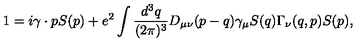
1 = i \gamma \cdot p S ( p ) + e ^ { 2 } \int \frac { d ^ { 3 } q } { ( 2 \pi ) ^ { 3 } } D _ { \mu \nu } ( p - q ) \gamma _ { \mu } S ( q ) \Gamma _ { \nu } ( q , p ) S ( p ) ,